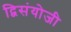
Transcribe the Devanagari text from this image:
द्विसंयोजी